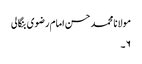
مولانا محمد حسن امام رضوی بنگالی
۶۔